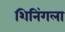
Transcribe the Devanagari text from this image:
शिनिंगला